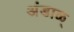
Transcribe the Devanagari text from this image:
अंडाळ्